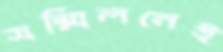
সম্মিলনেই